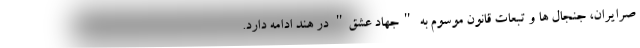
صرایران، جنجال ها و تبعات قانون موسوم به "جهاد عشق" در هند ادامه دارد.